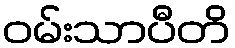
ဝမ်းသာပီတိ